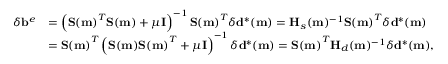
\begin{array} { r l } { \delta \mathbf { b } ^ { e } } & { = \left( \mathbf { S ( m ) } ^ { T } \mathbf { S ( m ) } + \mu \mathbf { I } \right) ^ { - 1 } \mathbf { S ( m ) } ^ { T } \delta \mathbf { d } ^ { * } ( \mathbf { m } ) = \mathbf { H } _ { s } ( \mathbf { m } ) ^ { - 1 } \mathbf { S ( m ) } ^ { T } \delta \mathbf { d } ^ { * } ( \mathbf { m } ) } \\ & { = \mathbf { S ( m ) } ^ { T } \left( \mathbf { S ( m ) } \mathbf { S ( m ) } ^ { T } + \mu \mathbf { I } \right) ^ { - 1 } \delta \mathbf { d } ^ { * } ( \mathbf { m } ) = \mathbf { S ( m ) } ^ { T } \mathbf { H } _ { d } ( \mathbf { m } ) ^ { - 1 } \delta \mathbf { d } ^ { * } ( \mathbf { m } ) , } \end{array}